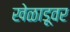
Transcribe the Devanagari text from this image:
खेळाडूवर